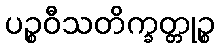
ပဉ္စဝီသတိက္ခတ္တုဉ္စ